Distribution and causation of leprosy in British India
Year: 1875
Disease focus: Leprosy
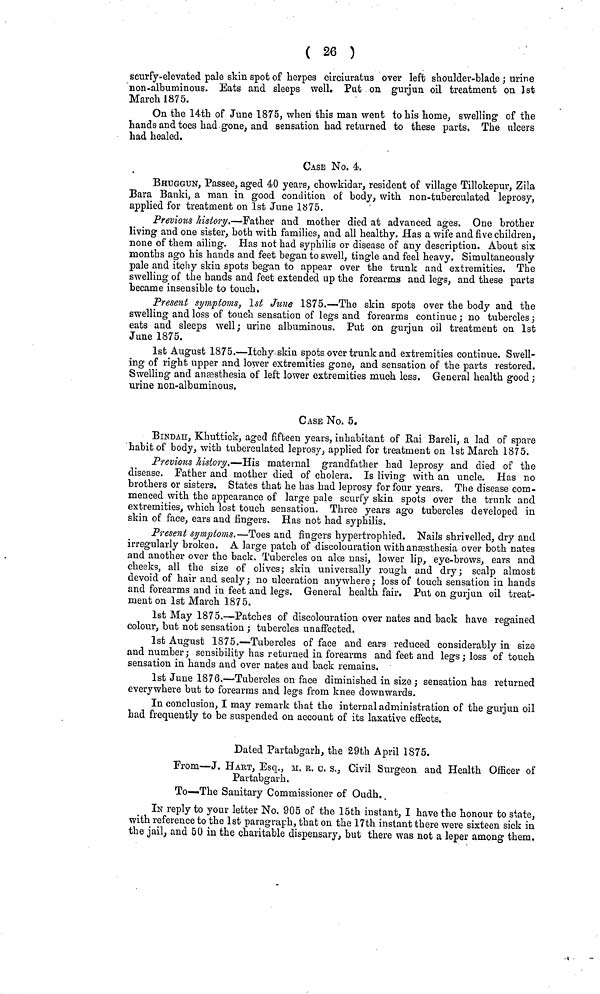
( 26 )
scurfy-elevated pale skin spot of herpes circiuratus over left shoulder-blade ; urine
non-albuminous. Eats and sleeps well. Put on gurjun oil treatment on 1st
March 1875.
On the 14th of June 1875, when this man went to his home, swelling of the
hands and toes had gone, and sensation had returned to these parts. The ulcers
had healed.
CASE No. 4.
BHUGGuN, Passee, aged 40 years, chowkidar, resident of village Tillokepur, Zila
Bara Banki, a man in good condition of body, with non-tuberculated leprosy,
applied for treatment on 1st June 1875.
Previous history.—Father and mother died at advanced ages. One brother
living and one sister, both with families, and all healthy. Has a wife and five children,
none of them ailing. Has not had syphilis or disease of any description. About six
months ago his hands and feet began to swell, tingle and feel heavy. Simultaneously
pale and itchy skin spots began to appear over the trunk and extremities. The
swelling of the hands and feet extended up the forearms and legs, and these parts
became insensible to touch.
Present symptoms, 1st June 1875.—The skin spots over the body and the
swelling and loss of touch sensation of legs and forearms continue ; no tubercles ;
eats and sleeps well; urine albuminous. Put on gurjun oil treatment on 1st
June 1875.
1st August 1875.—Itchy-skin spots over trunk and extremities continue. Swell-
ing of right upper and lower extremities gone, and sensation of the parts restored.
Swelling and anæsthesia of left lower extremities much less. General health good ;
urine non-albuminous.
CASE No. 5.
BINDAH, Khuttiek, aged fifteen years, inhabitant of Rai Bareli, a lad of spare
habit of body, with tuberculated leprosy, applied for treatment on 1st March 1875.
Previous history.—His maternal grandfather had leprosy and died of the
disease. Father and mother died of cholera. Is living with an uncle. Has no
brothers or sisters. States that he has had leprosy for four years. The disease com-
menced with the appearance of large pale scurfy skin spots over the trunk and
extremities, which lost touch sensation. Three years ago tubercles developed in
skin of face, ears and fingers. Has not had syphilis.
Present symptoms.—Toes and fingers hypertrophied. Nails shrivelled, dry and
irregularly broken. A large patch of discolouration with anæsthesia over both nates
and another over the back. Tubercles on alce nasi, lower lip, eye-brows, ears and
cheeks, all the size of olives; skin universally rough and dry; scalp almost
devoid of hair and scaly ; no ulceration anywhere ; loss of touch sensation in hands
and forearms and in feet and legs. General health fair. Put on gurjun oil treat-
ment on 1st March 1875.
1st May 1875.—Patches of discolouration over nates and back have regained
colour, but nob sensation ; tubercles unaffected.
1st August 1875.—Tubercles of face and ears reduced considerably in size
and number; sensibility has returned in forearms and feet and legs; loss of touch
sensation in hands and over nates and back remains.
1st June 1876.—Tubercles on face diminished in size; sensation has returned
everywhere but to forearms and legs from knee downwards.
In conclusion, I may remark that the internal administration of the gurjun oil
had frequently to be suspended on account of its laxative effects.
Dated Partabgarh, the 29th April 1875.
From—J. HART, Esq., M. R. c. s.. Civil Surgeon and Health Officer of
Partabgarh.
To—The Sanitary Commissioner of Oudh.
IN reply to your letter No. 905 of the 15th instant, I have the honour to state,
with reference to the 1st paragraph, that on the 17th instant there were sixteen sick in
the jail, and 50 in the charitable dispensary, but there was not a leper among them.